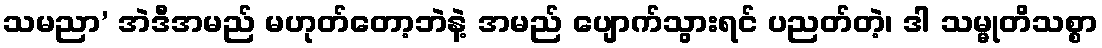
သမညာ’ အဲဒီအမည် မဟုတ်တော့ဘဲနဲ့ အမည် ပျောက်သွားရင် ပညတ်တဲ့၊ ဒါ သမ္မုတိသစ္စာ